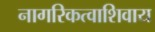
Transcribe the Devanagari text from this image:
नागरिकत्वाशिवाय